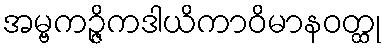
အမ္ဗကဉ္ဇိကဒါယိကာဝိမာနဝတ္ထု